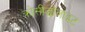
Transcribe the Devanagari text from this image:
क्रोसीडोलाइट